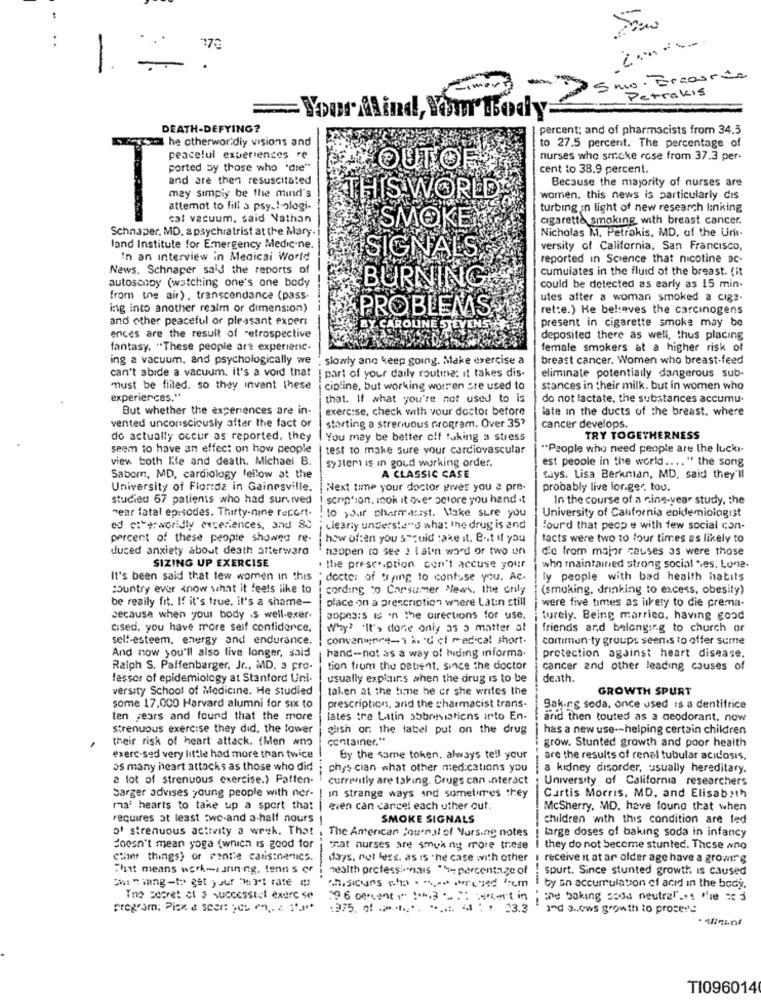
..
1.
-
25 mo. Ercourde
Petrakis
=
Your Mind, Your Body:
DEATH-DEFYING?
percent; and of pharmacists from 34.5
he ctherwor.diy visions and
to 27.5 percent. The percentage of
peacelul experiences re
nurses who smoke rose from 37.3 per-
ported by those who "die"
OUTOF
cent to 38.9 percent.
Because the majority of nurses are
may simply be the mind's
THIS WORLD
women. this news is particularly cis
attemot to fill a psy-I-ologi-
turbing in light of new research linking
cal vacuum, said Nathan
UR
cigarette smoking with breast cancer.
Schnaper, MD, a psychiatrist at the Mary. i
SMOKEY
Nicholas M. Petrakis, MD, of the Uni-
land Institute for Emergency Medicine.
versity of California, San Francisco,
In an interview in Medicai World
SIGNALS
reported in Science that nicotine ac-
News. Schnaper said the reports of
cumulates in the fluid of the breast. fit
autoscony (watching one's one body
BURNING
could be detected as early as 15 min.
from the air). transcendance (pass-
utes after a woman smoked a cig ?.
ing into another realm or dimension)
PROBLEMS
rette.) He bel:aves the carcinogens
and other peaceful or pleasant experi
present in cigarette smoke may be
Y CAROLINE STE
ences are the result of retrospective
deposited there as well, thus placing
fantasy. "These people are experienc.
female smokers at a higher risk of
ing a vacuum, and psychologically we
slowly ane keep going. Make exercise a
breast cancer. Women who breast-feed
can't abide a vacuum. it's a void that
part of your daily routine; it takes dis-
eliminate potentially dangerous sub-
must be filled. so they invent these
icioline, but working worren ste used to
stances in their milk. but in women who
experiences."
that. If what you're not used to is
do not lactate, the substances accumu-
But whether the experiences are in-
exercise, check with your doctor before
late in the ducts of the breast. where
vented unconsciously alter the fact or
starting a strenuous program. Over 35?
cancer develops
do actually occur as reported. they
You may be better off taking a stress
TRY TOGETHERNESS
seem to have an effect on how people
test to make Sure your cardiovascular
"People who need people are the lucki-
view both life and death. Michael 8.
system is in goud working order.
est people in the world .... " the song
Saborn, MD, cardiology fellow at the
A CLASSIC CASE
ways. Lisa Berkman, MD, said they'll
University of Fionda in Gainesville.
Next time your doctor gives you a pre-
probably live ior.ger, tou.
studied 67 patients who had survived
scription. mnok it over store you hand .t
In the course of a ning-year study, the
near fatal episodes. Thirty-nine report.
to your pharmacist. Make sure you
University of California epidemiologist
ed citerworldly experiences, and 80
i clearly understand what the drug is and
lourd that peop e with few social con-
percent of these people showed re.
how often you should take it. But If you
tacts were two to four times as likely to
duced anxiety about death afterward
happen to see ! latin word or two on
die from major causes as were those
SIZING UP EXERCISE
. the prescription con't accuse your
who maintained strong social tes. Lune-
It's been said that few women in this . docte: of trying to confuse you. Ac.
ly people with bad health habits
country ever know what it feels like to
cording to Consumer News. the only
(smoking, drinking to excess, obesity)
be really fit. If it's true, it's a shame-
place on a prescription where Latin still
were five times as likely to die crema-
because when your body .S well-exer.
popes:s is on the directions for use.
i turely. Being marrico, having good
cised. you have more self confidence.
Why? "It's done only as a matter at
friends and belonging to church or
self-esteem, energy and endurance.
convenience-1 a. d ci medical short.
comtimen ty groups seems to offer some
And now you'll also live longer, said
hand-not as a way of luding informa.
protection against heart disease.
Ralph S. Paffenbarger, Jr ., MD. 3 pro-
tion trum the patient. since the doctor
cancer and other leading causes of
fessor of epidemiology at Stanford Uni-
usually explains when the drug is to be
death.
versity School of Medicine. He studied
taken at the time he or she writes the
GROWTH SPURT
some 17.000 Harvard alumni for six to
prescription, and the charmacist trans-
Baking soda, once used is a dentifrice
ten years and found that the more
lates the Latin sobreviatiens into En-
and then touted as a deodorant. now
strenuous exercise they did, the lower
glish or: the label put on the drug
has a new use -- helping certain children
their risk of heart attack. (Men who
container."
grow. Stunted growth and poor health
exerc-sed very little had more than twice
By the same token, always tell your
are the results of renal tubular acidosis.
os many heart attacks as those who did
phys cian what other medications you
a kidney disorder, usually hereditary.
a lot of strenuous exercise.) Patten-
currently are taking. Drugs can interact
University of California researchers
Sarger advises young people with ner- [ in strange ways and sometimes they
Curtis Morris, MD, and Elisabeth
ra' hearts to take up a sport that
even can cancel each uther cut.
McSherry, MD. have found that when
requires at least :wc-and a half nours !
SMOKE SIGNALS
children with this condition are led
o' strenuous activity a week. That .
The American Jouer al of Nursing notes
large doses of baking soda in infancy
doesn't mean yoga (which is good for
Hat nurses are smoking more these | they do not become stunted. These no
"timer things) of rantie calisinenics.
days, not less. as is "he case with other I receive it at ar older age have a growi!"g
That means work-tanin-ng. tenn s or
Health professionals " percentage of . spurt. Since stunted growth is caused
Chen inng-to get your MI rate
ch.sicons sha . " ,- orused 'em I by an accumulation of acid in the body.
The secret of 3 successtel exerc se
196 onianti" :03 : start in ; me baking soda neutralLes The ted
1975. of ....... ...... 4 : + 23.3
TI096014